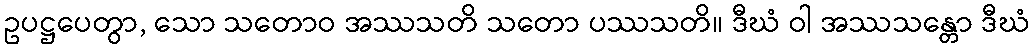
ဥပဋ္ဌပေတွာ, သော သတောဝ အဿသတိ သတော ပဿသတိ။ ဒီဃံ ဝါ အဿသန္တော ဒီဃံ